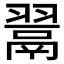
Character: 𮋎